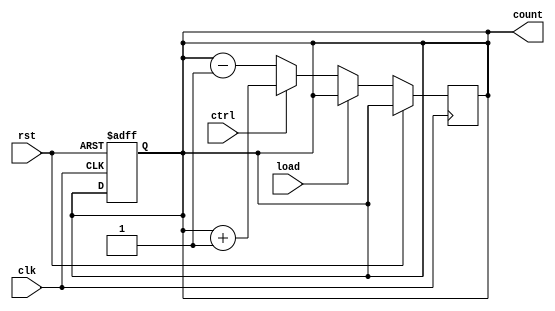
module up_down_counter (
    input wire clk,        // clock input
    input wire rst,        // reset input
    input wire load,       // load input
    input wire ctrl,       // control input (0 for decrement, 1 for increment)
    
    output reg [3:0] count // output count value
);

reg [3:0] next_count;

always @ (posedge clk or posedge rst) begin
    if (rst) begin
        count <= 4'b0;
    end else begin
        if (load) begin
            count <= next_count;
        end else begin
            if (ctrl) begin
                next_count <= count + 1;
            end else begin
                next_count <= count - 1;
            end
        end
    end
end

assign count = next_count;

endmodule